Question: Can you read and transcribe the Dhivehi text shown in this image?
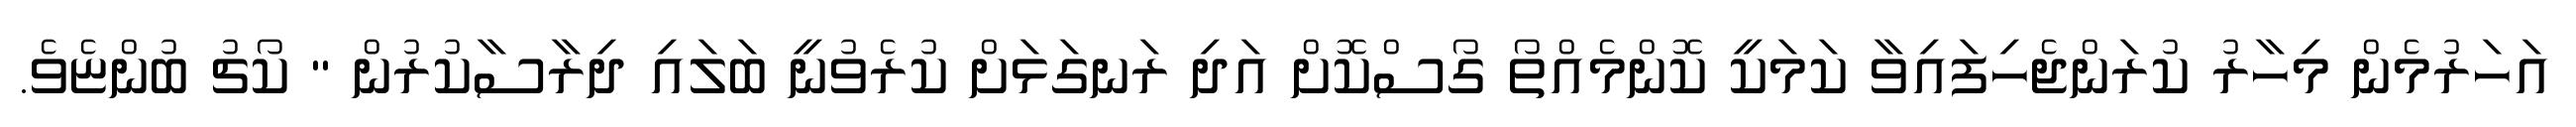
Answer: އަހަރުމެން މިހާރު ކުރަންޖެހިފައިވާ ކަމަކީ ކޮންމެއްތޯ ގޯސްކޮށް އަދި ރަނގަޅަށް ކުރެވުނީ ބަލައި ދިރާސާކުރުން " ކޯޗު ބުންޏެވެ.